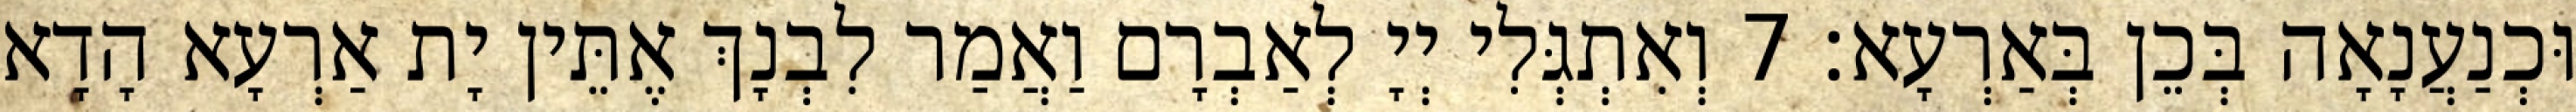
וּכְנַעֲנָאָה בְּכֵן בְּאַרְעָא׃ 7 וְאִתְגְּלִי יְיָ לְאַבְרָם וַאֲמַר לִבְנָךְ אֶתֵּין יָת אַרְעָא הָדָא